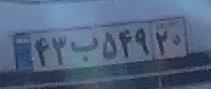
۴۳ب۵۴۹۲۰